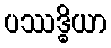
ပဿဒ္ဓိယာ